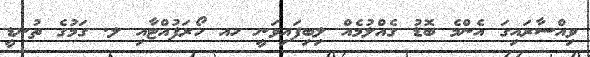
ވިއްސާރައިގަ އެންމެ ބޮޑު ގެއްލުމެއް ލިބިފައިވަނީ ހއ ހޯރަފުއްޓާއި ލ. ގަމުގެ ތުނޑީ